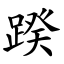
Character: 䠏